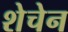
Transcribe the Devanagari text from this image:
शेचेन